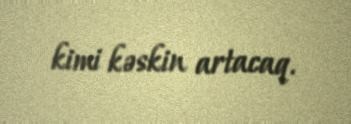
kimi kəskin artacaq.